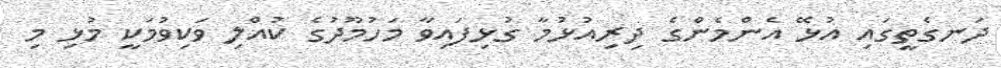
ދަނގެތީގައި އުޅޭ އެންމެންގެ ދިރިއުޅުމާ ގުޅިފައިވާ މަހުމޫދުގެ ކުއްލި ވަކިވުމަކީ މުޅި މި